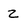
Character: z